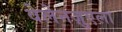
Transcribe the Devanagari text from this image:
वेलेनज़ुएला